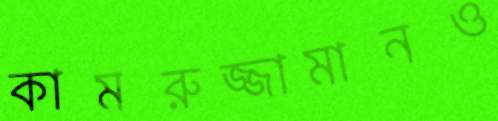
কামরুজ্জামানও